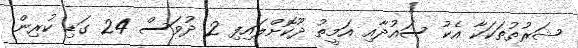
ޝަރުތުތަކަކާ އެކު ސައުދާއި އަމީތު ދޫކޮށްލައިފި 2 ދުވަސް 24 ގަޑި ކުރިން